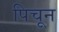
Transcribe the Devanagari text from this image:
पिचून